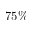
7 5 \%